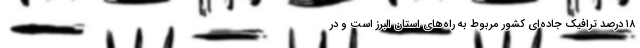
۱۸ درصد ترافیک جاده‌ای کشور مربوط به راه‌های استان البرز است و در